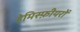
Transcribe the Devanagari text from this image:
हेमिस्फ़ीयरों